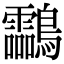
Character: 𪈝